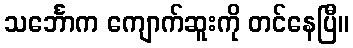
သင်္ဘောက ကျောက်ဆူးကို တင်နေပြီ။